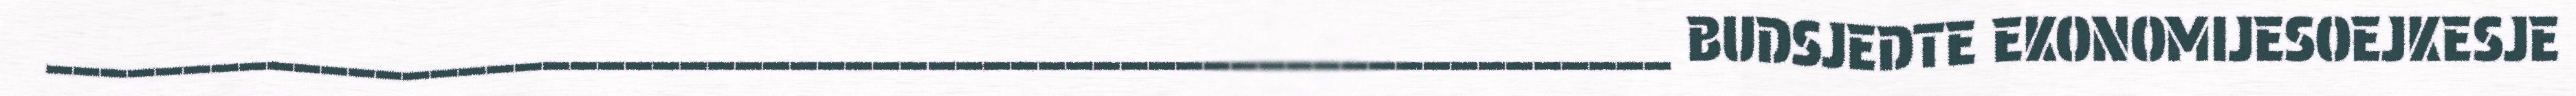
___________________________________________________________ BUDSJEDTE EKONOMIJESOEJKESJE